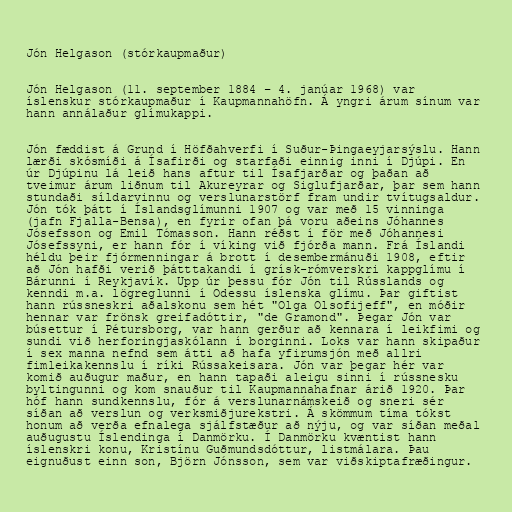
Jón Helgason (stórkaupmaður)

Jón Helgason (11. september 1884 – 4. janúar 1968) var
íslenskur stórkaupmaður í Kaupmannahöfn. Á yngri árum sínum var
hann annálaður glímukappi.

Jón fæddist á Grund í Höfðahverfi í Suður-Þingaeyjarsýslu. Hann
lærði skósmíði á Ísafirði og starfaði einnig inni í Djúpi. En
úr Djúpinu lá leið hans aftur til Ísafjarðar og þaðan að
tveimur árum liðnum til Akureyrar og Siglufjarðar, þar sem hann
stundaði síldarvinnu og verslunarstörf fram undir tvítugsaldur.
Jón tók þátt í Íslandsglímunni 1907 og var með 15 vinninga
(jafn Fjalla-Bensa), en fyrir ofan þá voru aðeins Jóhannes
Jósefsson og Emil Tómasson. Hann réðst í för með Jóhannesi
Jósefssyni, er hann fór í víking við fjórða mann. Frá Íslandi
héldu þeir fjórmenningar á brott í desembermánuði 1908, eftir
að Jón hafði verið þátttakandi í grísk-rómverskri kappglímu í
Bárunni í Reykjavík. Upp úr þessu fór Jón til Rússlands og
kenndi m.a. lögreglunni í Odessu íslenska glímu. Þar giftist
hann rússneskri aðalskonu sem hét "Olga Olsofijeff", en móðir
hennar var frönsk greifadóttir, "de Gramond". Þegar Jón var
búsettur í Pétursborg, var hann gerður að kennara í leikfimi og
sundi við herforingjaskólann í borginni. Loks var hann skipaður
í sex manna nefnd sem átti að hafa yfirumsjón með allri
fimleikakennslu í ríki Rússakeisara. Jón var þegar hér var
komið auðugur maður, en hann tapaði aleigu sinni í rússnesku
byltingunni og kom snauður til Kaupmannahafnar árið 1920. Þar
hóf hann sundkennslu, fór á verslunarnámskeið og sneri sér
síðan að verslun og verksmiðjurekstri. Á skömmum tíma tókst
honum að verða efnalega sjálfstæður að nýju, og var síðan meðal
auðugustu Íslendinga í Danmörku. Í Danmörku kvæntist hann
íslenskri konu, Kristínu Guðmundsdóttur, listmálara. Þau
eignuðust einn son, Björn Jónsson, sem var viðskiptafræðingur.